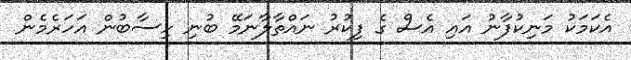
އެކަމަކު މަނިކުފާނު އައި އެސް ގެ ފިކުރު ނައްތާލާނަމޭ ބުނި ހިސާބުން އަހަރެމެން